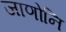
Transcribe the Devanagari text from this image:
जाणोनि